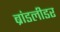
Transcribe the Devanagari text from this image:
ब्रांडलीडर